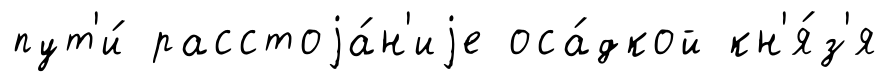
пут'и́ расстоjа́н'иjе оса́дкой кн'я́з'я